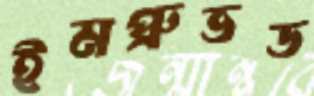
ইমপ্রুভড